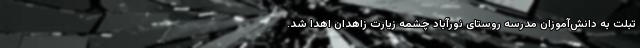
تبلت به دانش‌آموزان مدرسه روستای نورآباد چشمه زیارت زاهدان اهدا شد.